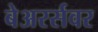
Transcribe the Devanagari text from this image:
बेअरर्सवर